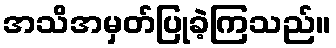
အသိအမှတ်ပြုခဲ့ကြသည်။